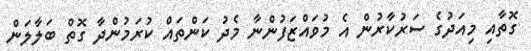
ގޮތާއި މިއަދުގެ ސަރުކާރުން އެ މުވައްޒަފުންނާ މެދު ކަންތައް ކުރަމުންދާ ގޮތް ބަލާލަން